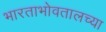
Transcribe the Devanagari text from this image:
भारताभोवतालच्या